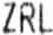
ZRL